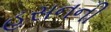
હસનની